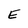
Character: E